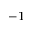
^ { - 1 }